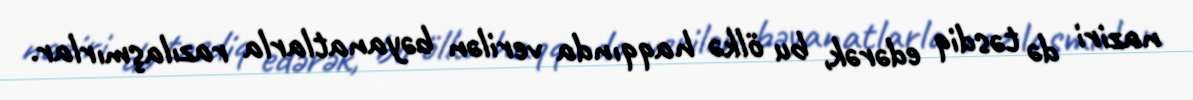
naziri də təsdiq edərək, bu ölkə haqqında verilən bəyanatlarla razılaşmırlar.